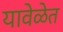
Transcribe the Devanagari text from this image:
यावेळेत